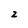
Character: 2